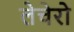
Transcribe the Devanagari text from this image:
लेचेरो